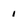
Character: 1